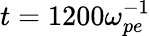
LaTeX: t=1200\omega_{pe}^{-1}